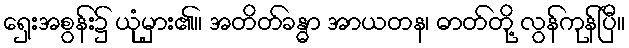
ရှေးအစွန်း၌ ယုံမှား၏။ အတိတ်ခန္ဓာ အာယတန၊ ဓာတ်တို့ လွန်ကုန်ပြီ။